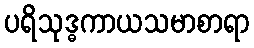
ပရိသုဒ္ဓကာယသမာစာရာ